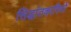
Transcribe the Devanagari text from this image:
सिद्धांतकारियों